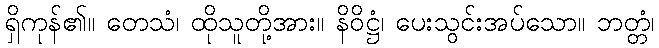
ရှိကုန်၏။ တေသံ၊ ထိုသူတို့အား။ နိဝိဋ္ဌံ၊ ပေးသွင်းအပ်သော။ ဘတ္တံ၊